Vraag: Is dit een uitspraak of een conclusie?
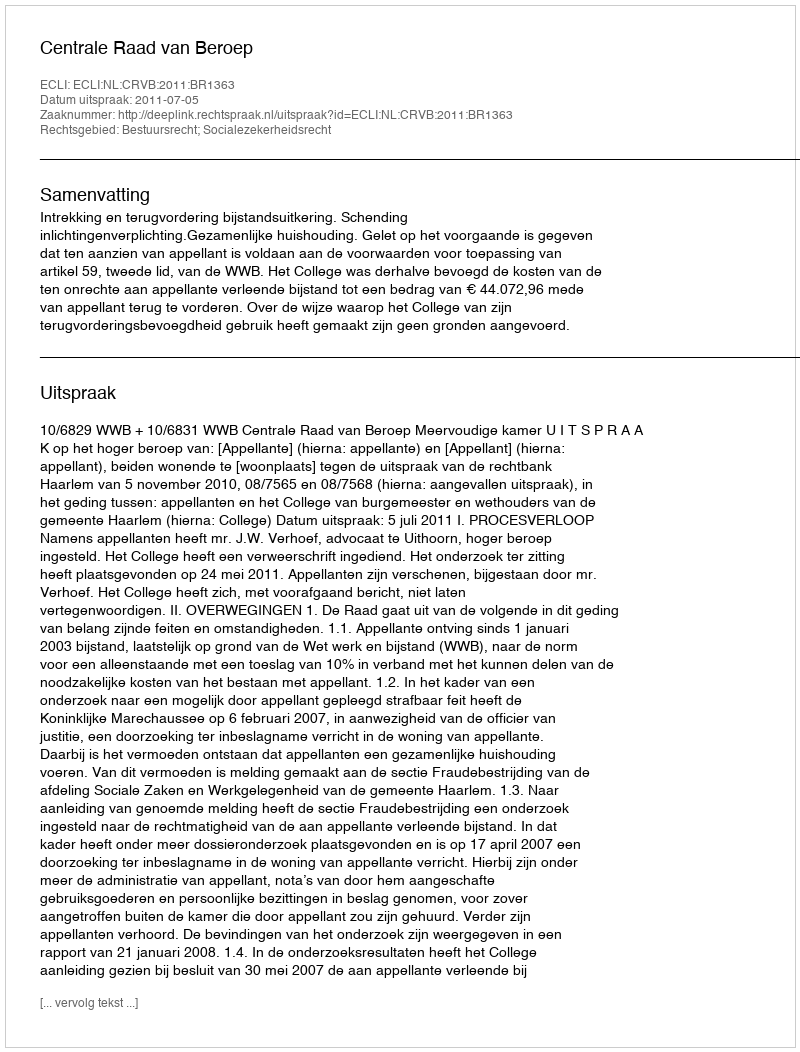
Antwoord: Uitspraak